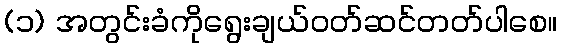
(၁) အတွင်းခံကိုရွေးချယ်ဝတ်ဆင်တတ်ပါစေ။